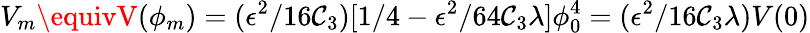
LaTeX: V_{m}\equivV(\phi_{m})=(\epsilon^{2}/16\mathcal{C}_{3})[1/4-\epsilon^{2}/64\mathcal{C}_{3}\lambda]\phi_{0}^{4}=(\epsilon^{2}/16\mathcal{C}_{3}\lambda)V(0)